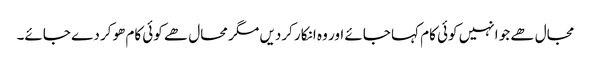
مجال ھے جو انہیں کوئی کام کہا جائے اور وہ انکار کردیں مگر محال ھے کوئی کام ھوکر دے جائے۔